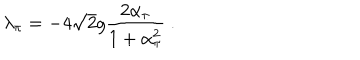
LaTeX: \lambda _ { \pi } = - 4 \sqrt { 2 } g \frac { 2 \alpha _ { \pi } } { 1 + \alpha _ { \pi } ^ { 2 } } \ .